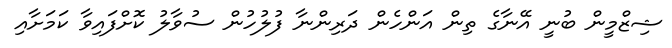
ޝިޒްމީން ބުނީ އޭނާގެ ތިން އަންހެން ދަރިންނާ ފުލުހުން ސުވާލު ކޮށްފައިވާ ކަމަށާއި